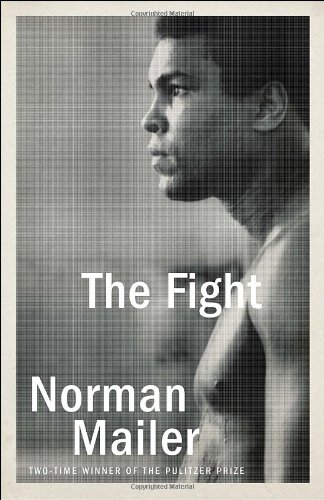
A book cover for The Fight; Norman Mailer; Biographies & Memoirs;